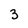
Character: 3